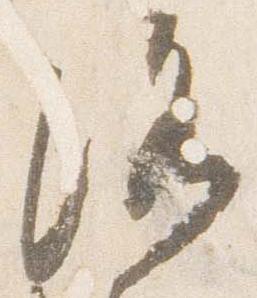
洛